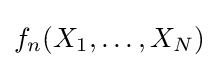
f_{n}(X_{1},\ldots ,X_{N})